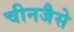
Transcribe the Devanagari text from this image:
चीनजैसे